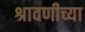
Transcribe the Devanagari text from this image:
श्रावणीच्या